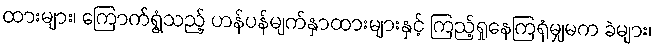
ထားများ၊ ကြောက်ရွံ့သည့် ဟန်ပန်မျက်နှာထားများနှင့် ကြည့်ရှုနေကြရုံမျှမက ခဲများ၊